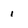
Character: 1